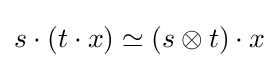
s\cdot (t\cdot x)\simeq (s\otimes t)\cdot x